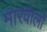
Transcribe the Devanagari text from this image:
मारवोलो